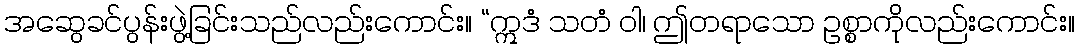
အဆွေခင်ပွန်းဖွဲ့ခြင်းသည်လည်းကောင်း။ “ဣဒံ သတံ ဝါ၊ ဤတရာသော ဥစ္စာကိုလည်းကောင်း။